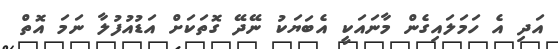
އަދި އެ ހަމަލައިގެން މާނައަކީ އެބަޔަކު ނޭދޭ ގޮތަކަށް އަޑުއުފުލާ ނަމަ އޮތް